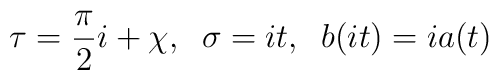
\tau=\frac{\pi}{2}i+\chi ,\;\; \sigma=it ,\;\;b(it)=ia(t)